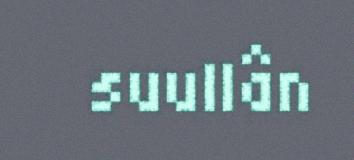
suullân